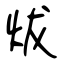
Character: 炦